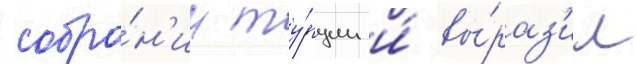
собра́н'ии ту́рции и́ вы́раз'ил